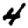
Digit: 4